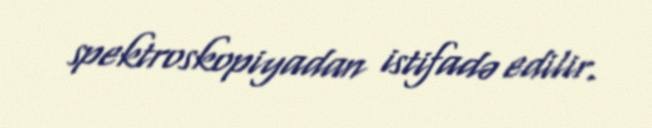
spektroskopiyadan istifadə edilir.